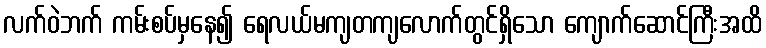
လက်ဝဲဘက် ကမ်းစပ်မှနေ၍ ရေလယ်မကျတကျလောက်တွင်ရှိသော ကျောက်ဆောင်ကြီးအထိ